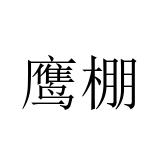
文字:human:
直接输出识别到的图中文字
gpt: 鹰棚